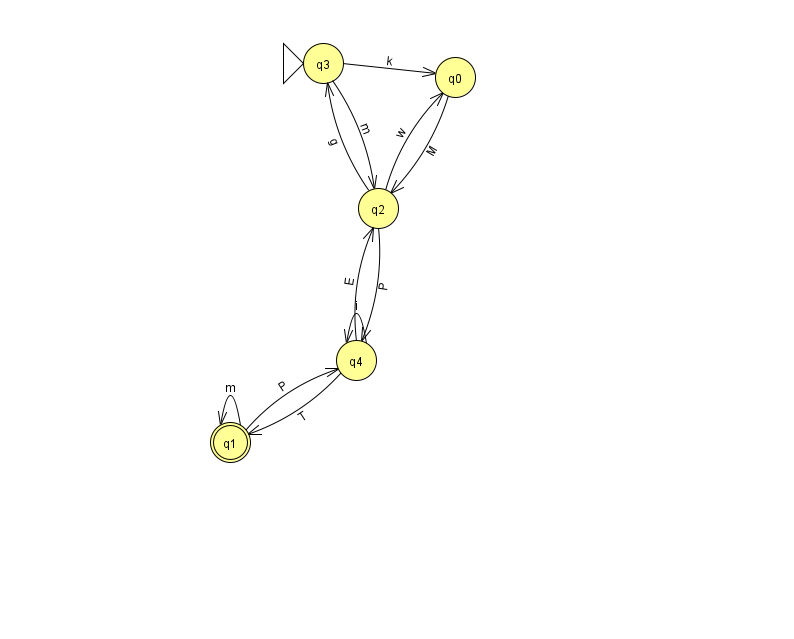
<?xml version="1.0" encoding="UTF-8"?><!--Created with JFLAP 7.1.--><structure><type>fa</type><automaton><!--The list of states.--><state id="0" name="q0"><x>455.0</x><y>64.0</y></state><state id="1" name="q1"><x>230.0</x><y>429.0</y><final/></state><state id="2" name="q2"><x>378.0</x><y>195.0</y></state><state id="3" name="q3"><x>323.0</x><y>50.0</y><initial/></state><state id="4" name="q4"><x>356.0</x><y>347.0</y></state><!--The list of transitions.--><transition><from>2</from><to>3</to><read>g</read></transition><transition><from>2</from><to>0</to><read>w</read></transition><transition><from>2</from><to>4</to><read>P</read></transition><transition><from>4</from><to>4</to><read>i</read></transition><transition><from>3</from><to>2</to><read>m</read></transition><transition><from>4</from><to>1</to><read>T</read></transition><transition><from>4</from><to>2</to><read>E</read></transition><transition><from>1</from><to>1</to><read>m</read></transition><transition><from>0</from><to>2</to><read>M</read></transition><transition><from>1</from><to>4</to><read>P</read></transition><transition><from>3</from><to>0</to><read>k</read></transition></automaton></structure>